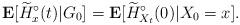
LaTeX: \begin{align*} \mathbf E[\widetilde H^\circ_x(t)|G_0] = \mathbf E[\widetilde H^\circ_{X_t}(0)|X_0=x]. \end{align*}